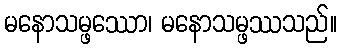
မနောသမ္ဖဿော၊ မနောသမ္ဖဿသည်။